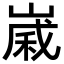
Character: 𪩈